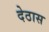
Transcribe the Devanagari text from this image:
देठास